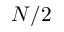
N / 2